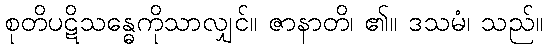
စုတိပဋိသန္ဓေကိုသာလျှင်။ ဇာနာတိ၊ ၏။ ဒသမံ၊ သည်။